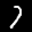
Label: 7